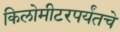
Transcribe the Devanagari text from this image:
किलोमीटरपर्यंतचे